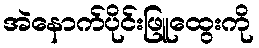
အဲနောက်ပိုင်းဖြူထွေးကို